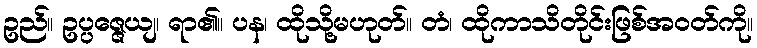
ဥည်။ ဥပ္ပဇ္ဇေယျ၊ ရာ၏။ ပန၊ ထိုသို့မဟုတ်။ တံ၊ ထိုကာသိတိုင်းဖြစ်အဝတ်ကို။